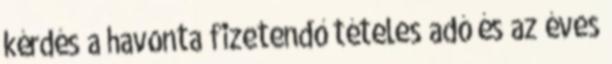
kérdés a havonta fizetendő tételes adó és az éves